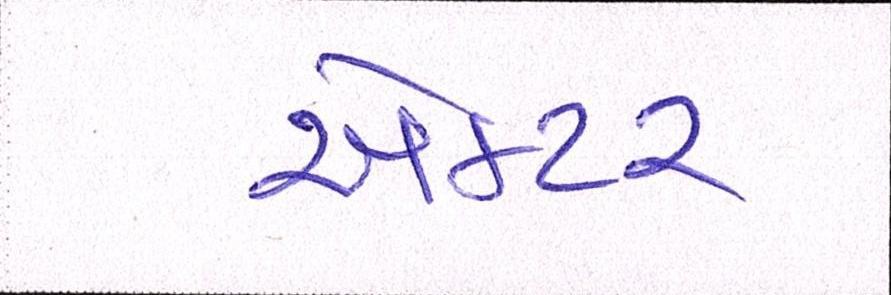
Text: એકટર